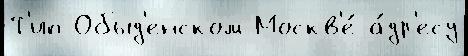
Т'ип Обыд'енском Москв'е́ а́др'есу